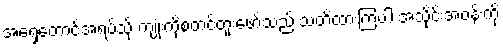
အရှေ့တောင်အရပ်သို့ ကျုံးကိုစတင်တူးဖော်သည် သတိထားကြပါ အသိုင်းအဝန်းကို